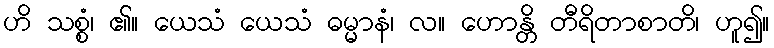
ဟိ သစ္စံ၊ ၏။ ယေသံ ယေသံ ဓမ္မာနံ၊ လ။ ဟောန္တိ တီရိတာစာတိ၊ ဟူ၍။